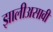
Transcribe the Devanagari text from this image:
झालीअसावी